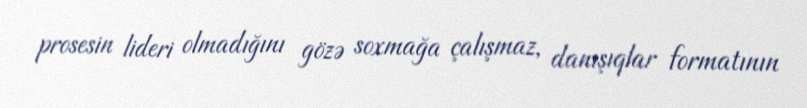
prosesin lideri olmadığını gözə soxmağa çalışmaz, danışıqlar formatının